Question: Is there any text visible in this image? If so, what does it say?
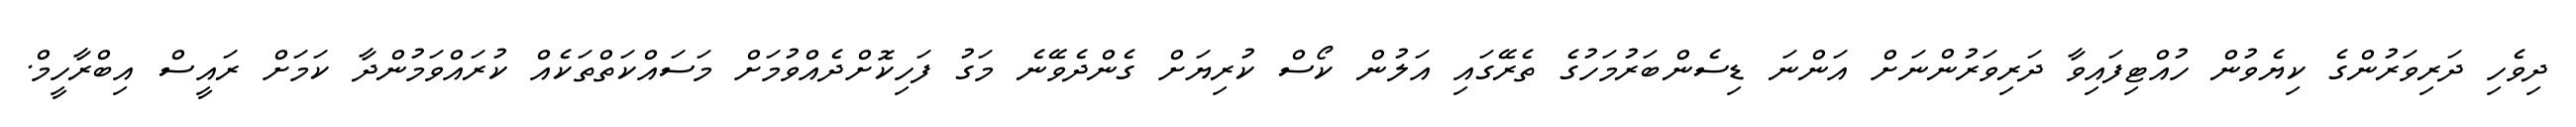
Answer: ދިވެހި ދަރިވަރުންގެ ކިޔެވުން ހުއްޓިފައިވާ ދަރިވަރުންނަށް އަންނަ ޑިސެންބަރުމަހުގެ ތެރޭގައި އަލުން ކޯސް ކުރިޔަށް ގެންދެވޭނެ މަގު ފަހިކޮށްދެއްވުމަށް މަސައްކަތްތަކެއް ކުރައްވަމުންދާ ކަމަށް ރައީސް އިބްރާހީމް.